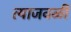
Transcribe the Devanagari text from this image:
त्याजवळी